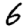
Digit: 6